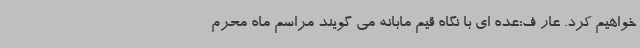
خواهیم کرد. عار ف:عده ای با نگاه قیم مابانه می گویند مراسم ماه محرم